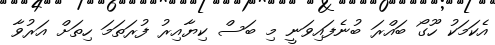
އެކަމަކު ހޫގޯ ބައްރަ ބުނެފައިވަނީ މި ބަސް ކިޔާއިރު ފުރަތަމަ ހިތަށް އަރުވާ